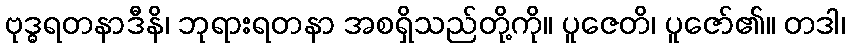
ဗုဒ္ဓရတနာဒီနိ၊ ဘုရားရတနာ အစရှိသည်တို့ကို။ ပူဇေတိ၊ ပူဇော်၏။ တဒါ၊